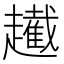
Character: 䟌